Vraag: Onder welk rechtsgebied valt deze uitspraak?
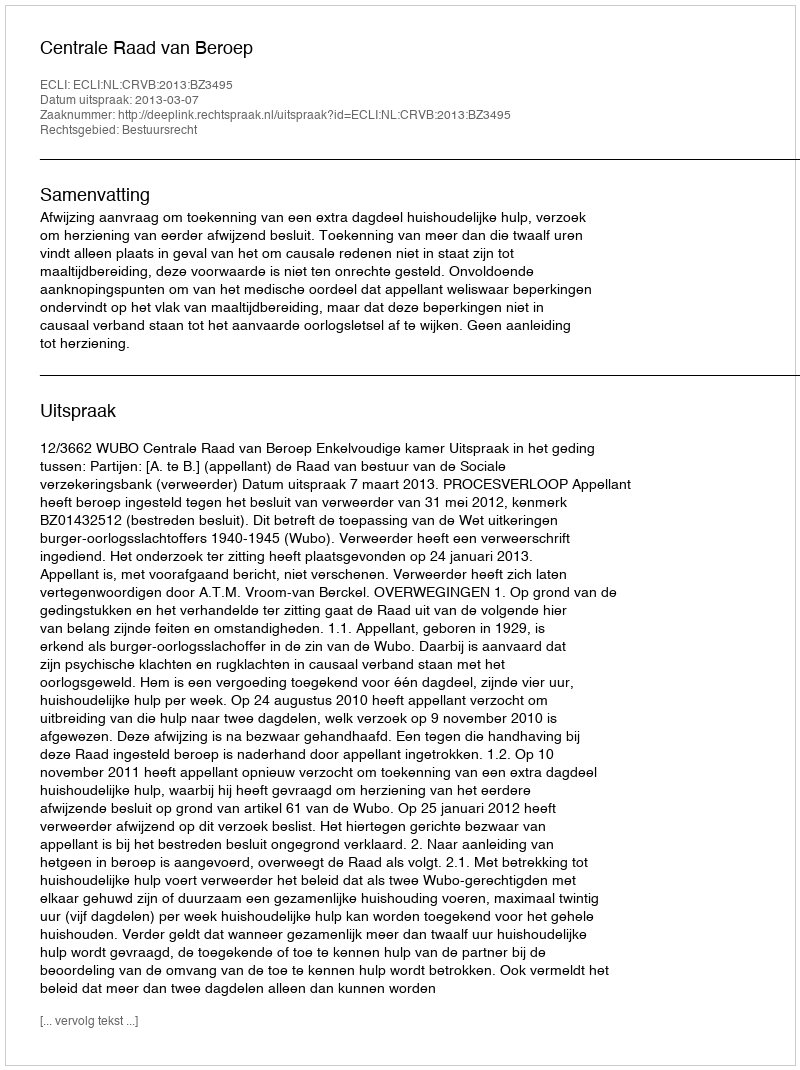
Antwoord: Bestuursrecht